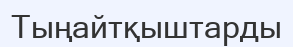
Тыңайтқыштарды